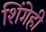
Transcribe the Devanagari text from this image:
शिंगेही